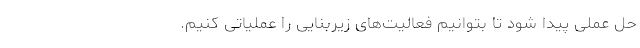
حل عملی پیدا شود تا بتوانیم فعالیت‌های زیربنایی را عملیاتی کنیم.